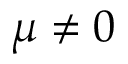
\mu \neq 0